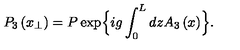
P _ { 3 } \left( x _ { \perp } \right) = P \exp \Bigl \{ i g \int _ { 0 } ^ { L } d z A _ { 3 } \left( x \right) \Bigr \} .